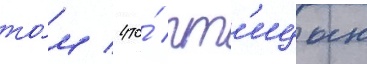
то́м / что́ пт'ицын